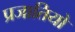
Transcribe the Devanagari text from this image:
प्रजातियो